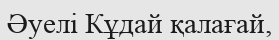
Әуелі Кұдай қалағай,